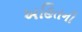
અહિતની